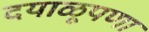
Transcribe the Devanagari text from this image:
दयाळूपणा